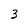
Character: 3